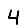
Digit: 4